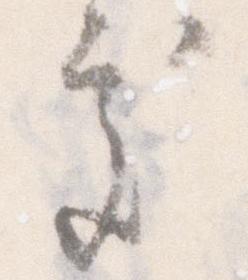
処